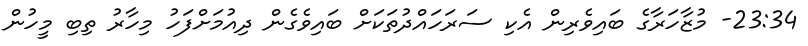
23:34- މުޒާހަރާގެ ބައިވެރިން އެކި ސަރަހައްދުތަކަށް ބައިވެގެން ދިއުމަށްފަހު މިހާރު ތިބި މީހުން